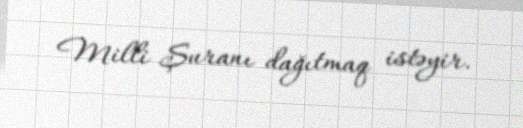
Milli Şuranı dağıtmaq istəyir.